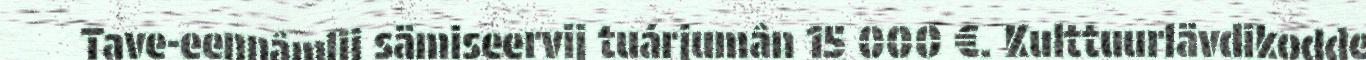
Tave-eennâmlij sämiseervij tuárjumân 15 000 €. Kulttuurlävdikodde